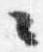
々